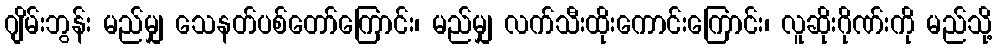
ဂျိမ်းဘွန်း မည်မျှ သေနတ်ပစ်တော်ကြောင်း၊ မည်မျှ လက်သီးထိုးကောင်းကြောင်း၊ လူဆိုးဂိုဏ်းကို မည်သို့